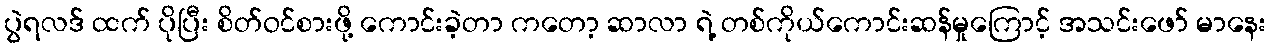
ပွဲရလဒ် ထက် ပိုပြီး စိတ်ဝင်စားဖို့ ကောင်းခဲ့တာ ကတော့ ဆာလာ ရဲ့ တစ်ကိုယ်ကောင်းဆန်မှုကြောင့် အသင်းဖော် မာနေး